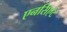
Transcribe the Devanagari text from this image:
एनसिएंट